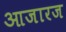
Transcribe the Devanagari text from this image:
आजारज